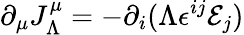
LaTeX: \partial_{\mu}J_{\Lambda}^{\mu}=-\partial_{i}(\Lambda\epsilon^{ij}\mathcal{E}_{j})